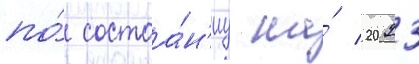
по́ состоа́н'иу на́ 2023